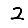
Digit: 2